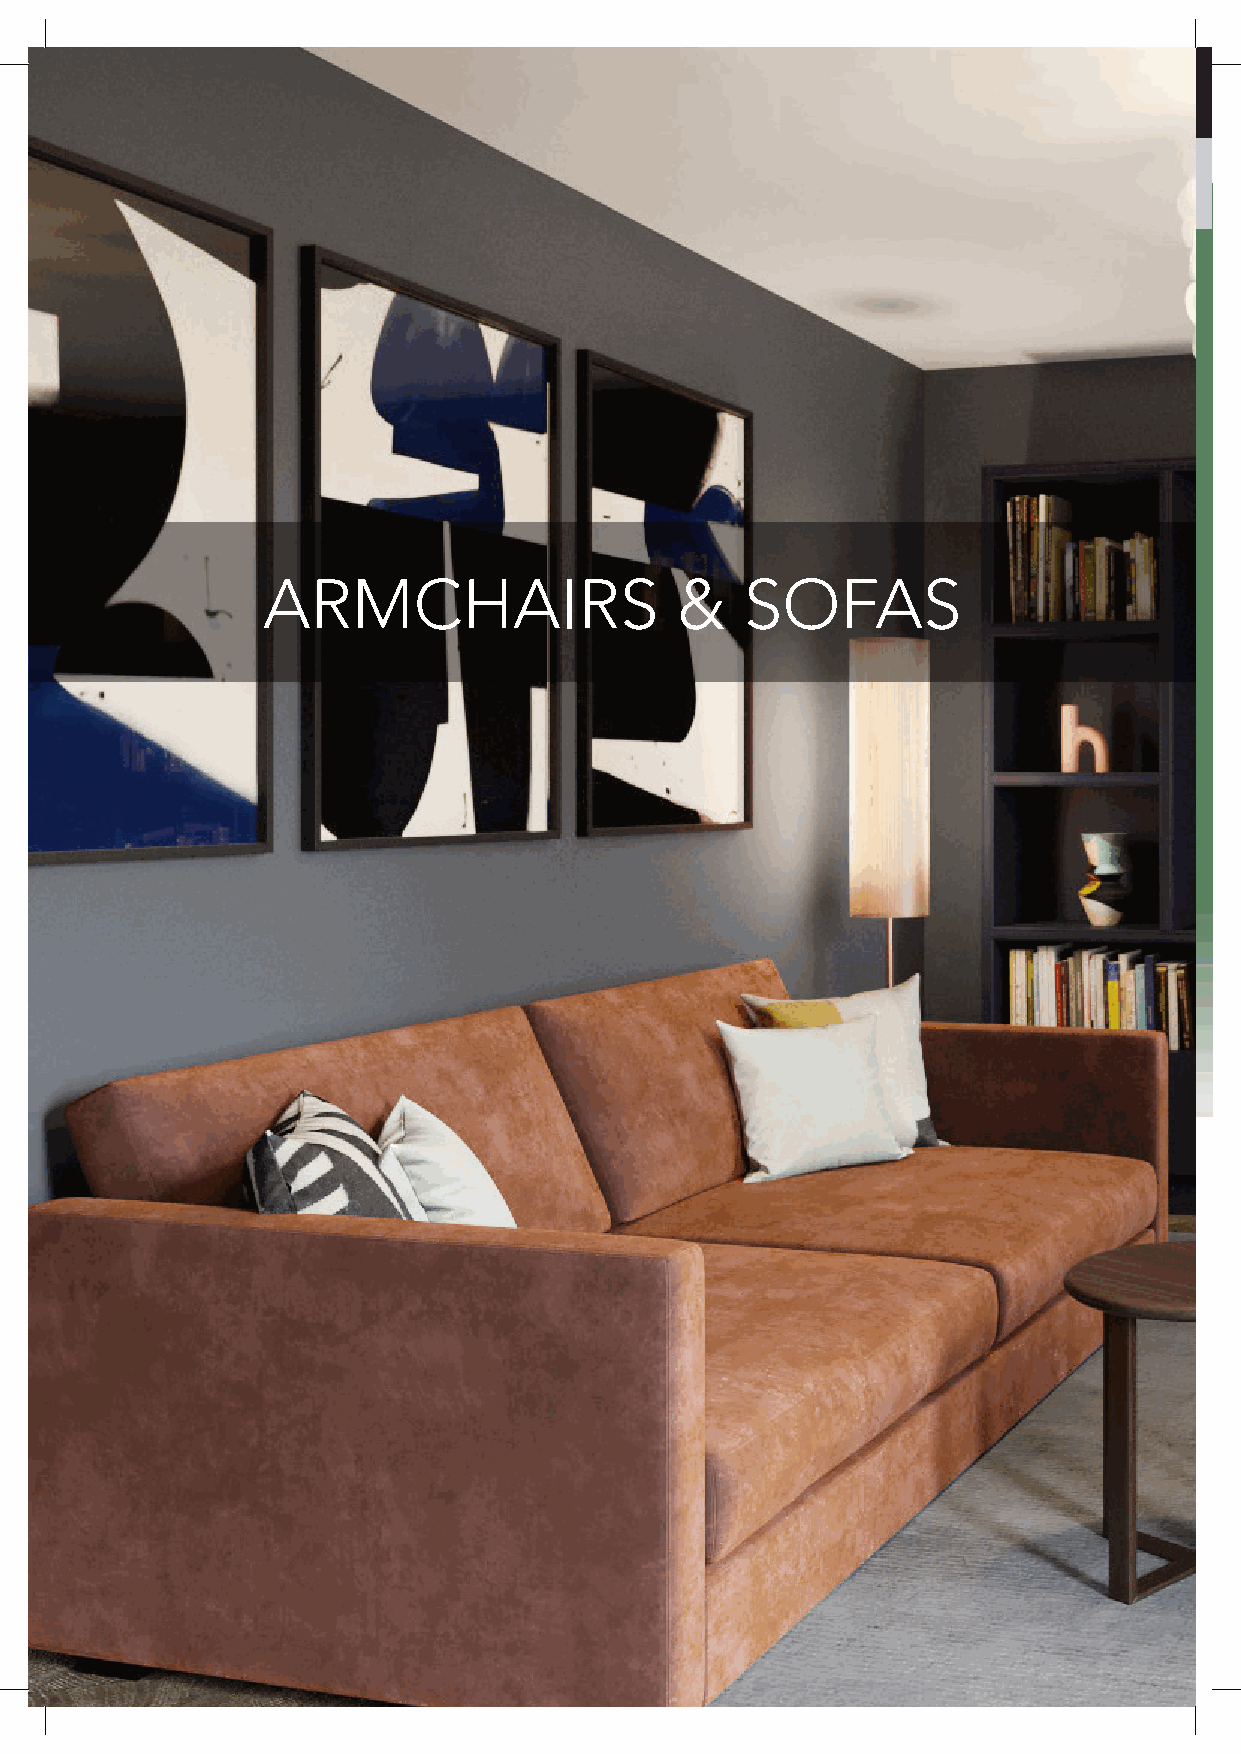
ARMCHAIRS      & SOFAS
 ARMCHAIRS                   &   SOFAS
 156 All items available in a range of colours, including customers own materials. Items also available in frame only.
 GNITAES
 EGNUOL